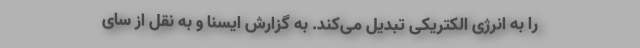
را به انرژی الکتریکی تبدیل می‌کند. به گزارش ایسنا و به نقل از سای